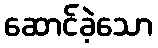
ဆောင်ခဲ့သော